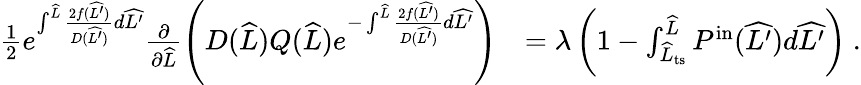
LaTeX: \begin{array}{rl}{\frac{1}{2}e^{\int^{\widehat{L}}\frac{2f(\widehat{L^{\prime}})}{D(\widehat{L^{\prime}})}d\widehat{L^{\prime}}}\frac{\partial}{\partial\widehat{L}}\left(D(\widehat{L})Q(\widehat{L})e^{-\int^{\widehat{L}}\frac{2f(\widehat{L^{\prime}})}{D(\widehat{L^{\prime}})}d\widehat{L^{\prime}}}\right)}&{=\lambda\left(1-\int_{\widehat{L}_{\mathrm{ts}}}^{\widehat{L}}P^{\mathrm{in}}(\widehat{L^{\prime}})d\widehat{L^{\prime}}\right)\ .}\end{array}